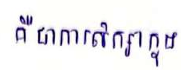
គឺជាការសិក្សាក្នុង